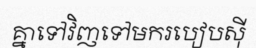
គ្នាទៅវិញទៅមករបៀបស៊ី